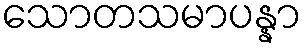
သောတသမာပန္နာ